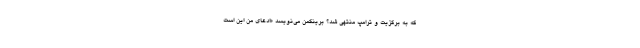
که به برگزیت و ترامپ منتهی شد؟ برینکمن می‌نویسد «ادعای من این است